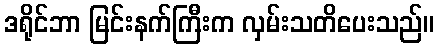
ဒရိုင်ဘာ မြင်းနက်ကြီးက လှမ်းသတိပေးသည်။